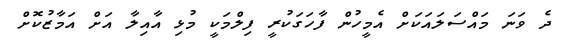
ދެ ވަނަ މައްސަލައަކަށް އެމީހުން ފާހަގަކުރީ ފިލްމަކީ މުޅި އާއިލާ އަށް އަމާޒުކޮށް